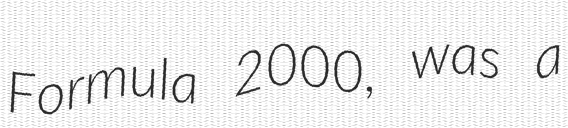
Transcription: Formula 2000, was a